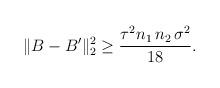
LaTeX: \begin{align*} \| B-B'\|^{2}_{2} &\geq \frac{\tau^{2}n_1\,n_2\,\sigma^{2}}{18}. \end{align*}